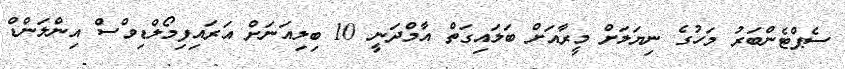
ސެޕްޓެންބަރު މަހުގެ ނިޔަލަށް މީރާއަށް ބަލައިގަތް އާމްދަނީ 10 ބިލިއަނަށް އަރައިފިމޯލްޑިވްސް އިންލަންޑް